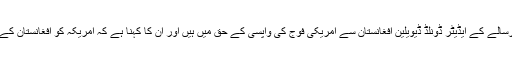
لیکن conservative battle onlineنامی رسالے کے ایڈیٹر ڈونلڈ ڈیویلین افغانستان سے امریکی فوج کی واپسی کے حق میں ہیں اور ان کا کہنا ہے کہ امریکہ کو افغانستان کے اندرونی حالات میں مداخلت نہیں کرنی چاہیے۔